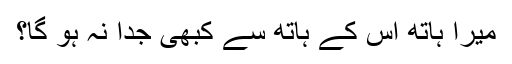
میرا ہاتھ اس کے ہاتھ سے کبھی جدا نہ ہو گا؟